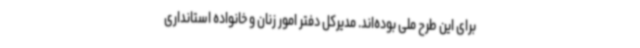
برای این طرح ملی بوده‌اند. مدیرکل دفتر امور زنان و خانواده استانداری